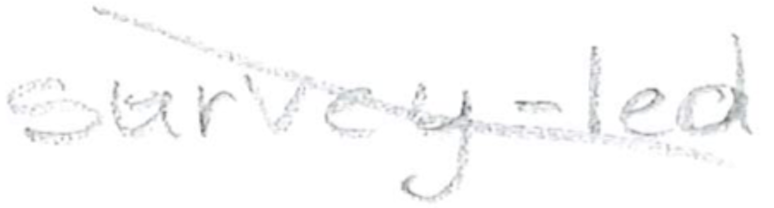
Text: survey-led
Cross-out: diagonal
Writing tool: pencil